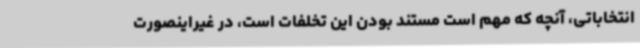
انتخاباتی، آنچه که مهم است مستند بودن این تخلفات است، در غیراینصورت